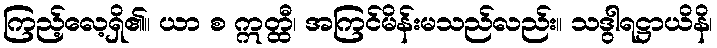
ကြည့်လေ့ရှိ၏။ ယာ စ ဣတ္ထီ၊ အကြင်မိန်းမသည်လည်း။ သဒွါရဋ္ဌာယိနိ၊